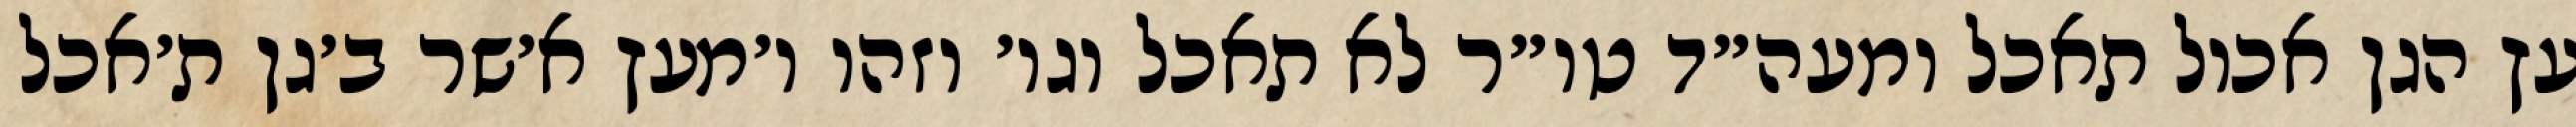
עץ הגן אכול תאכל ומעה״ד טו״ר לא תאכל וגו׳ וזהו ו׳מעץ א׳שר ב׳גן ת׳אכל